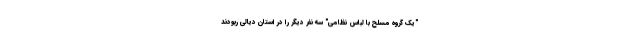
"یک گروه مسلح با لباس نظامی" سه نفر دیگر را در استان دیالی ربودند